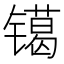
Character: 𰾿